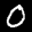
Label: 0